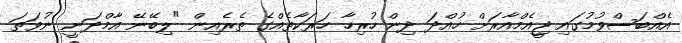
އެއްބަސްވުމުގައި ޖީއެމްއާރަށް ހުއްދަ ދިން ހުރިހާ ހަރަކާތެއްގެ ތެރެއިން "ލިބޭނޭ އާމްދަނީ ނުވަތަ